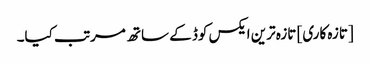
[تازہ کاری] تازہ ترین ایکس کوڈ کے ساتھ مرتب کیا۔